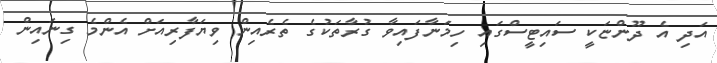
އަދި އެ ދޫންޏަކީ ސައިޓީސްގައި ހިމަނާފައިވާ ގުރާތަކުގެ ތެރެއިން ވިޔަފާރިއަށް އެންމެ ގިނައިން